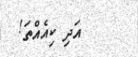
އަދި ކިއެއްތަ!